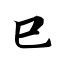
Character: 巳